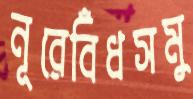
নূরেবিঁধসমু